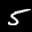
Label: 5